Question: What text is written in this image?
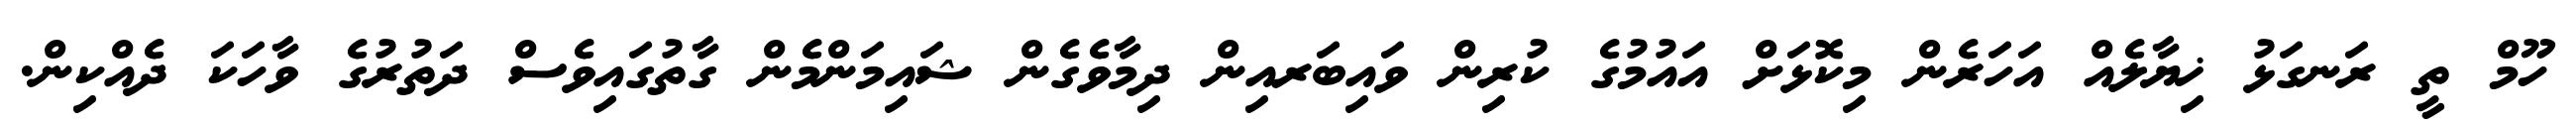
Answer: ހޫމް ތީ ރަނގަޅު ޚިޔާލެއް އަހަރެން މިކޮޅަށް އައުމުގެ ކުރިން ވައިބަރއިން ދިމާވެގެން ޝައިމަންމެން ގާތުގައިވެސް ދަތުރުގެ ވާހަކަ ދެއްކިން.